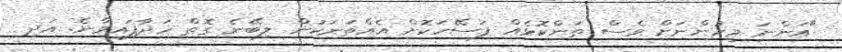
"އަންނަ މީހުންނަށް ވެސް ތަންކޮޅެއް ފަސޭހަކޮށް އެއްތަނަކުން ލިބޭނެ ގޮތް ހަދާފައިވާނެ. އަދި